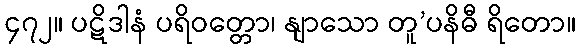
၄၇၂။ ပဋိဒါနံ ပရိဝတ္တော၊ နျာသော တူ’ပနိဓီ ရိတော။